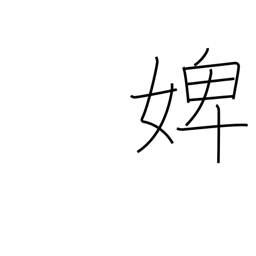
Meaning: maidservant